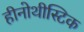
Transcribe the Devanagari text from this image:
हीनोथीस्टिक